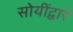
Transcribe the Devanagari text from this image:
सोयींद्वारे